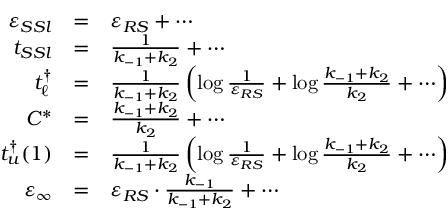
\begin{array} { r c l } { \varepsilon _ { S S l } } & { = } & { \varepsilon _ { R S } + \cdots } \\ { t _ { S S l } } & { = } & { \frac { 1 } { k _ { - 1 } + k _ { 2 } } + \cdots } \\ { t _ { \ell } ^ { \dagger } } & { = } & { \frac { 1 } { k _ { - 1 } + k _ { 2 } } \left( \log \frac { 1 } { \varepsilon _ { R S } } + \log \frac { k _ { - 1 } + k _ { 2 } } { k _ { 2 } } + \cdots \right) } \\ { C ^ { * } } & { = } & { \frac { k _ { - 1 } + k _ { 2 } } { k _ { 2 } } + \cdots } \\ { t _ { u } ^ { \dagger } ( 1 ) } & { = } & { \frac { 1 } { k _ { - 1 } + k _ { 2 } } \left( \log \frac { 1 } { \varepsilon _ { R S } } + \log \frac { k _ { - 1 } + k _ { 2 } } { k _ { 2 } } + \cdots \right) } \\ { \varepsilon _ { \infty } } & { = } & { \varepsilon _ { R S } \cdot \frac { k _ { - 1 } } { k _ { - 1 } + k _ { 2 } } + \cdots } \end{array}